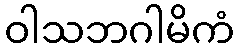
ဝါသဘဂါမိကံ